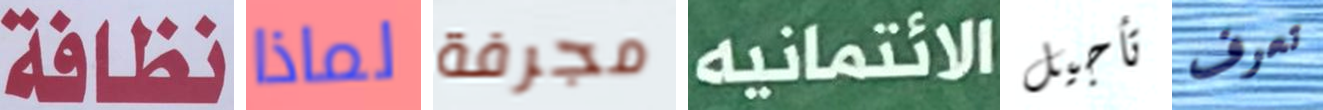
نظافة لماذا مجرفة الائتمانيه تأجيل تعرف